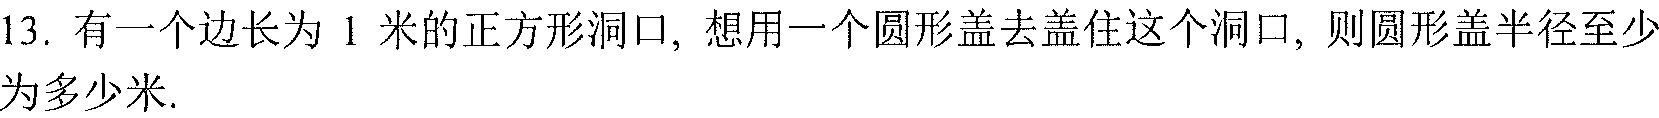
13. 有一个边长为\(1\)米的正方形洞口，想用一个圆形盖去盖住这个洞口，则圆形盖半径至少为多少米.